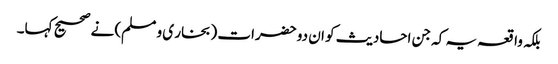
بلکہ واقعہ یہ کہ جن احادیث کو ان دو حضرات (بخار ی و مسلم) نے صحیح کہا۔